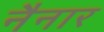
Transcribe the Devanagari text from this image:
नैनार